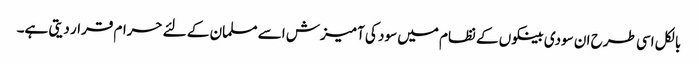
بالکل اسی طرح ان سودی بینکوں کے نظام میں سود کی آمیزش اسے مسلمان کے لئے حرام قرار دیتی ہے۔